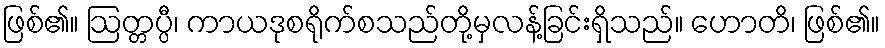
ဖြစ်၏။ ဩတ္တပ္ပီ၊ ကာယဒုစရိုက်စသည်တို့မှလန့်ခြင်းရှိသည်။ ဟောတိ၊ ဖြစ်၏။